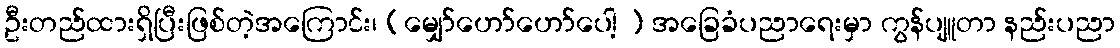
ဦးတည်ထားရှိပြီးဖြစ်တဲ့အကြောင်း၊ (မျှော်ဟော်ဟော်ပေါ့ ) အခြေခံပညာရေးမှာ ကွန်ပျူတာ နည်းပညာ